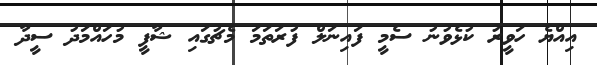
އިއްޔެ ހަވީރު ކުޅެވުނު ސެމީ ފައިނަލް ފުރަތަމަ މެޗުގައި ޝާފީ މުހައްމަދު ސީދާ